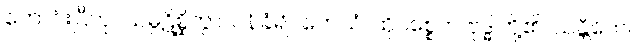
ကောင်းပြီဟု။ သမ္ပဋိစ္ဆိတွာ၊ ဝန်ခံ၍။ တေသံ၊ ထိုပစ္စေက ဗုဒ္ဓါတို့၏။ သန္တိကေ၊